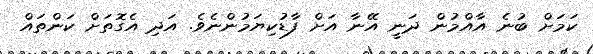
ކަމަށް ބުނެ އާއްމުން ދަނީ އޭނާ އަށް ފާޑުކިޔަމުންނެވެ. އަދި އެގޮތަށް ކަންތައް